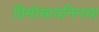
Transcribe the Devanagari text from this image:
हिमोसायनिनचा